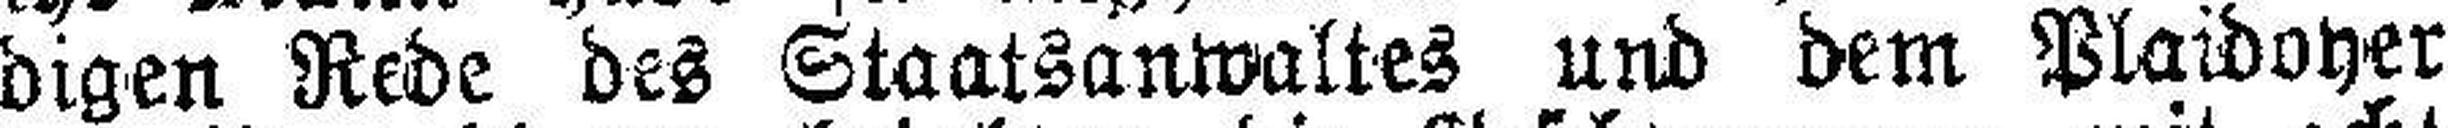
digen Rede des Staatsanwaltes und dem Plaidoyer